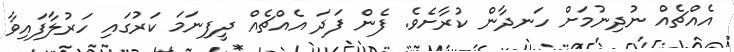
އެއްޗެއް ނުދިނުމަށް ހަނދާން ކުރާށެވެ. ފެން ފަދަ އެއްޗެއް ދީފިނަމަ ކަރުގައި ހަރުލާފައިވާ